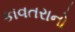
કાવતરાનો